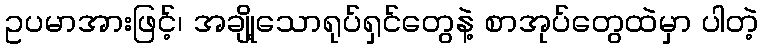
ဥပမာအားဖြင့်၊ အချို့သောရုပ်ရှင်တွေနဲ့ စာအုပ်တွေထဲမှာ ပါတဲ့